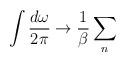
LaTeX: \begin{align*}\int \frac{d\omega}{2\pi}\rightarrow\frac{1}{\beta}\sum_{n}\end{align*}